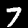
Digit: 7